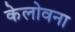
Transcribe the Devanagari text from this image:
केलोवना